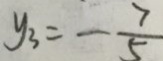
y _ { 3 } = - \frac { 7 } { 5 }